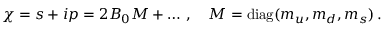
\chi = s + i p = 2 B _ { 0 } { \cal M } + \ldots \, , \quad { \cal M } = \mathrm { d i a g } ( m _ { u } , m _ { d } , m _ { s } ) \, .